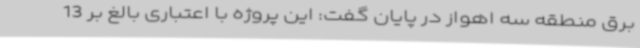
برق منطقه سه اهواز در پایان گفت: این پروژه با اعتباری بالغ بر 13